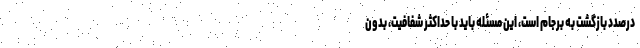
درصدد بازگشت به برجام است، این مسئله باید با حداکثر شفافیت، بدون